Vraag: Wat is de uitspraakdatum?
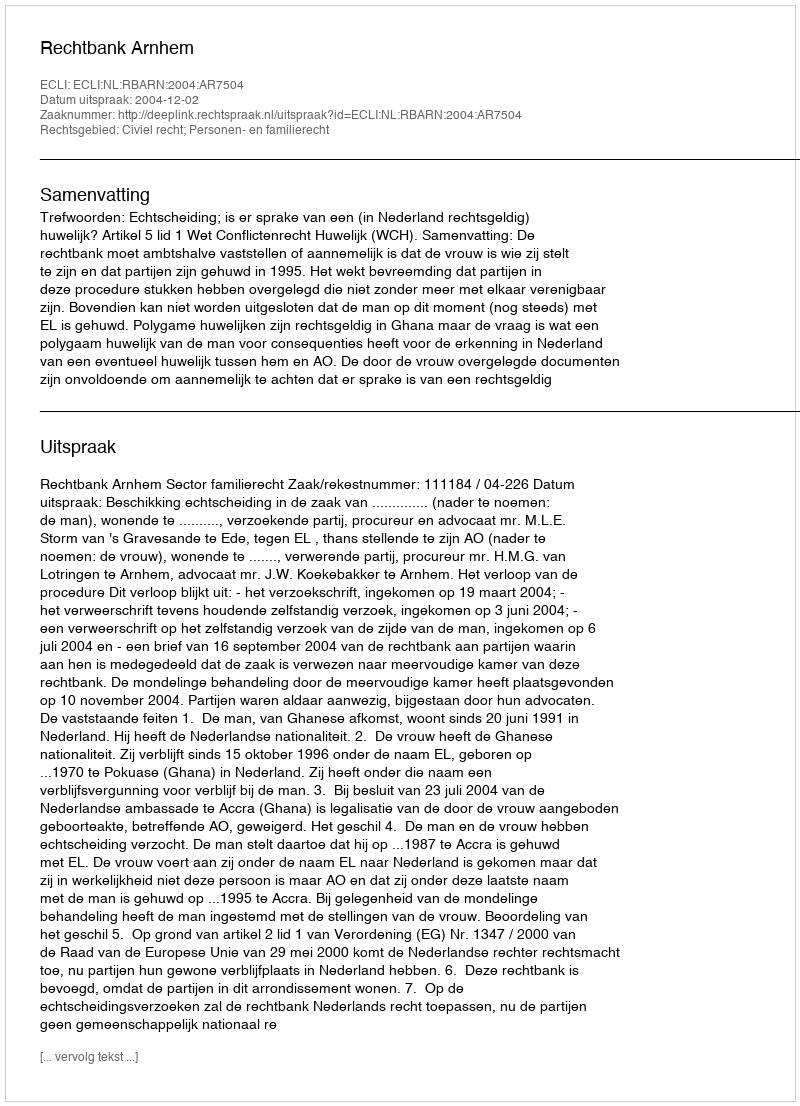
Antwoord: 2004-12-02